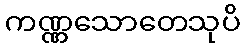
ကဏ္ဏသောတေသုပိ